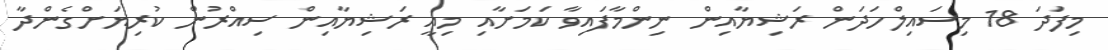
މިފަދަ 18 މިސައިލްހަދަން ރަޝިޔާއިން ނިންމާފައިވާ ކަމަށާއި މިއީ ރަޝިޔާއިން ސިއްރުން ކުރިޔަށްގެންދާ